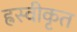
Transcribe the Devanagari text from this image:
ह्रस्वीकृत